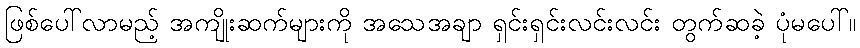
ဖြစ်ပေါ်လာမည့် အကျိုးဆက်များကို အသေအချာ ရှင်းရှင်းလင်းလင်း တွက်ဆခဲ့ ပုံမပေါ်။